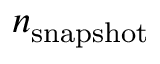
n _ { \mathrm { s n a p s h o t } }